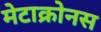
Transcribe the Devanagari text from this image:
मेटाक्रोनस